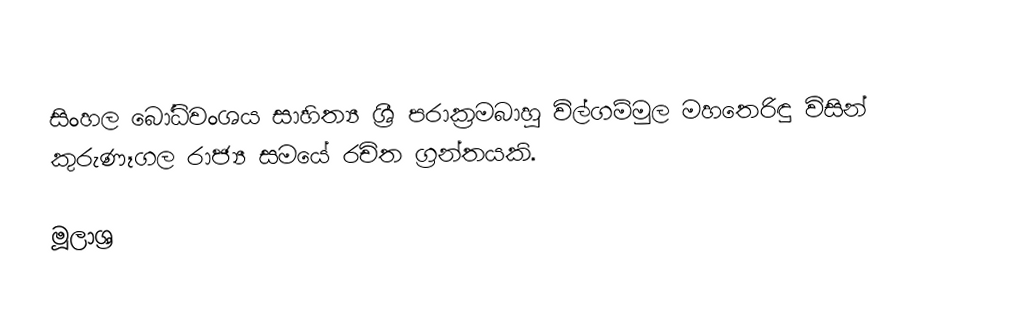
සිංහල බෝධිවංශය  සාහිත්‍ය ශ්‍රී පරාක්‍රමබාහු විල්ගම්මුල මහතෙරිඳු විසින් කුරුණෑගල රාජ්‍ය සමයේ රචිත ග්‍රන්තයකි.

මූලාශ්‍ර